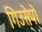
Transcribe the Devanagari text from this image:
गिउसेपो